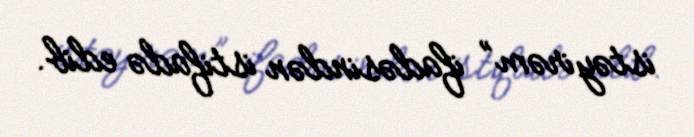
istəyirəm” ifadəsindən istifadə edib.